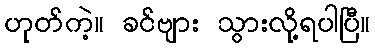
ဟုတ်ကဲ့။ ခင်ဗျား သွားလို့ရပါပြီ။